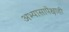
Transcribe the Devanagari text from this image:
अभ्यासापेक्षाही